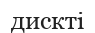
дискті